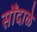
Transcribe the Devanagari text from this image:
सौंदाळे